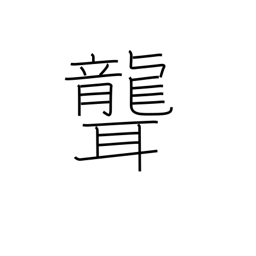
Meaning: deafen